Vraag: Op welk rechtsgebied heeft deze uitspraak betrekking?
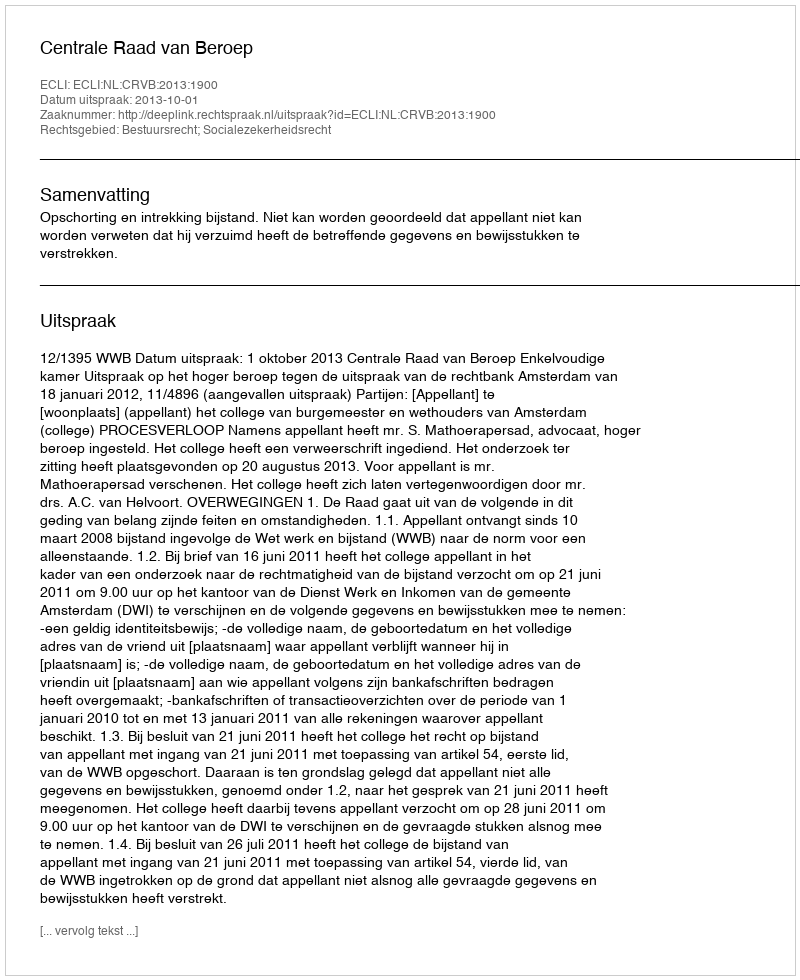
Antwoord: Bestuursrecht; Socialezekerheidsrecht